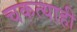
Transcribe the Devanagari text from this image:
चकत्याही